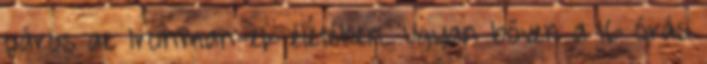
páros az Ironman-ek életében. Ugyan bőven a 16 órás